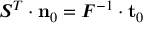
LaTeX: { \boldsymbol { S } } ^ { T } \cdot \mathbf { n } _ { 0 } = { \boldsymbol { F } } ^ { - 1 } \cdot \mathbf { t } _ { 0 }